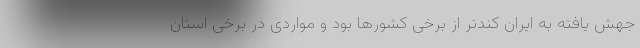
جهش یافته به ایران کندتر از برخی کشورها بود و مواردی در برخی استان